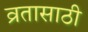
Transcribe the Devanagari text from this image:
व्रतासाठी